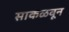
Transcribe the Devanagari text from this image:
साकळवून